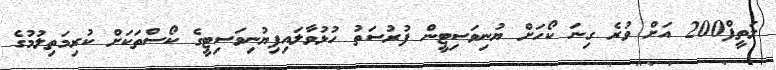
ލަތީފް200 އަށް ވުރެ ގިނަ ކޯހަށް ޔުނިވަސިޓީން ފުރުސަތު ހުޅުވާލައިފިޔުނިވަސިޓީގެ ކޯސްތަކަށް ކުރިމަތިލުމުގެ